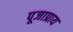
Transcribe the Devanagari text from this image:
पूजाप्राय